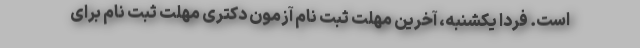
است. فردا یکشنبه، آخرین مهلت ثبت نام آزمون دکتری مهلت ثبت نام برای